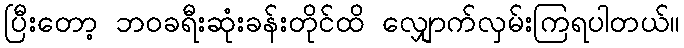
ပြီးတော့ ဘဝခရီးဆုံးခန်းတိုင်ထိ လျှောက်လှမ်းကြရပါတယ်။